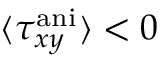
\langle \tau _ { x y } ^ { \mathrm { a n i } } \rangle < 0